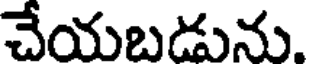
చేయబడును.